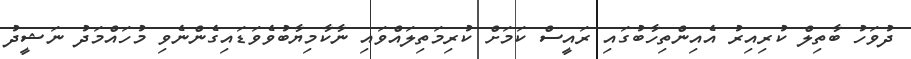
ދުވަހު ބާތިލް ކުރިއިރު އެއިންތިހާބުގައި ރައީސް ކަމަށް ކުރިމަތިލައްވައި ނާކާމިޔާބުވެވަޑައިގެންނެވި މުހައްމަދު ނަޝީދު